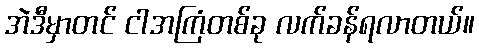
အဲဒီမှာတင် ငါအကြံတစ်ခု လက်ခန်ရလာတယ်။